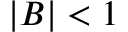
| B | < 1